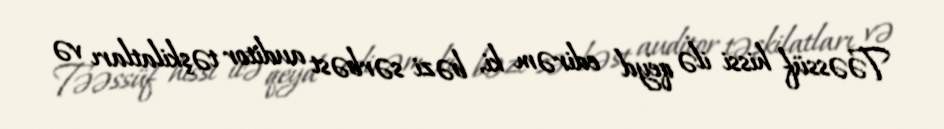
Təəssüf hissi ilə qeyd edirəm ki, bəzi sərbəst auditor təşkilatları və